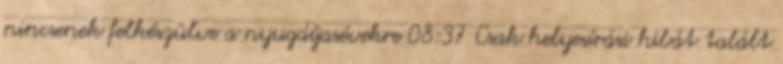
nincsenek felkészülve a nyugdíjasévekre 08:37 Csak helyesírási hibát talált